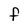
Character: F